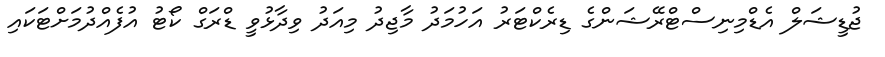
ޖުޑީޝަލް އެޑްމިނިސްޓްރޭޝަންގެ ޑިރެކްޓަރު އަހުމަދު މާޖިދު މިއަދު ވިދާޅުވީ ޑްރަގް ކޯޓު އުފެއްދުމަށްޓަކައި